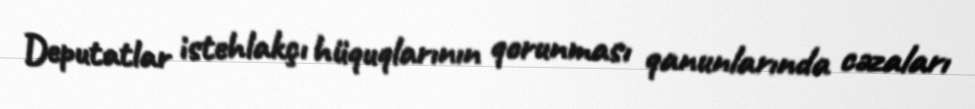
Deputatlar istehlakçı hüquqlarının qorunması qanunlarında cəzaları